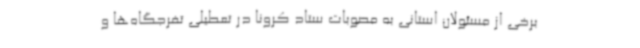
برخی از مسئولان استانی به مصوبات ستاد کرونا در تعطیلی تفرجگاه‌ها و